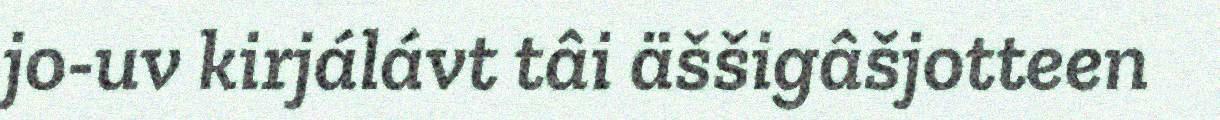
jo-uv kirjálávt tâi äššigâšjotteen